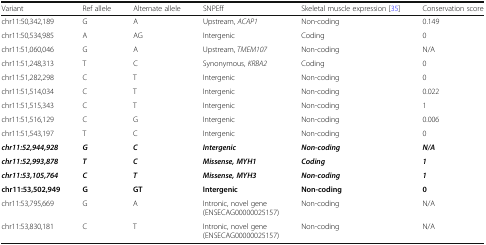
<table><thead><tr><td><b>Variant</b></td><td><b>Ref allele</b></td><td><b>Alternate allele</b></td><td><b>SNPEff</b></td><td><b>Skeletal muscle expression [35]</b></td><td><b>Conservation score</b></td></tr></thead><tbody><tr><td>chr11:50,342,189</td><td>G</td><td>A</td><td>Upstream, <i>ACAP1</i></td><td>Non-coding</td><td>0.149</td></tr><tr><td>chr11:50,534,985</td><td>A</td><td>AG</td><td>Intergenic</td><td>Coding</td><td>0</td></tr><tr><td>chr11:51,060,046</td><td>G</td><td>A</td><td>Upstream, <i>TMEM107</i></td><td>Non-coding</td><td>N/A</td></tr><tr><td>chr11:51,248,313</td><td>T</td><td>C</td><td>Synonymous, <i>KRBA2</i></td><td>Coding</td><td>0</td></tr><tr><td>chr11:51,282,298</td><td>C</td><td>T</td><td>Intergenic</td><td>Non-coding</td><td>0</td></tr><tr><td>chr11:51,514,034</td><td>C</td><td>T</td><td>Intergenic</td><td>Non-coding</td><td>0.022</td></tr><tr><td>chr11:51,515,343</td><td>C</td><td>T</td><td>Intergenic</td><td>Non-coding</td><td>1</td></tr><tr><td>chr11:51,516,129</td><td>C</td><td>G</td><td>Intergenic</td><td>Non-coding</td><td>0.006</td></tr><tr><td>chr11:51,543,197</td><td>T</td><td>C</td><td>Intergenic</td><td>Non-coding</td><td>0</td></tr><tr><td><b><i>chr11:52,944,928</i></b></td><td><b><i>G</i></b></td><td><b><i>C</i></b></td><td><b><i>Intergenic</i></b></td><td><b><i>Non-coding</i></b></td><td><b><i>N/A</i></b></td></tr><tr><td><b><i>chr11:52,993,878</i></b></td><td><b><i>T</i></b></td><td><b><i>C</i></b></td><td><b><i>Missense, MYH1</i></b></td><td><b><i>Coding</i></b></td><td><b><i>1</i></b></td></tr><tr><td><b><i>chr11:53,105,764</i></b></td><td><b><i>C</i></b></td><td><b><i>T</i></b></td><td><b><i>Missense, MYH3</i></b></td><td><b><i>Non-coding</i></b></td><td><b><i>1</i></b></td></tr><tr><td><b>chr11:53,502,949</b></td><td><b>G</b></td><td><b>GT</b></td><td><b>Intergenic</b></td><td><b>Non-coding</b></td><td><b>0</b></td></tr><tr><td>chr11:53,795,669</td><td>G</td><td>A</td><td>Intronic, novel gene (ENSECAG00000025157)</td><td>Non-coding</td><td>N/A</td></tr><tr><td>chr11:53,830,181</td><td>C</td><td>T</td><td>Intronic, novel gene (ENSECAG00000025157)</td><td>Non-coding</td><td>N/A</td></tr></tbody></table>